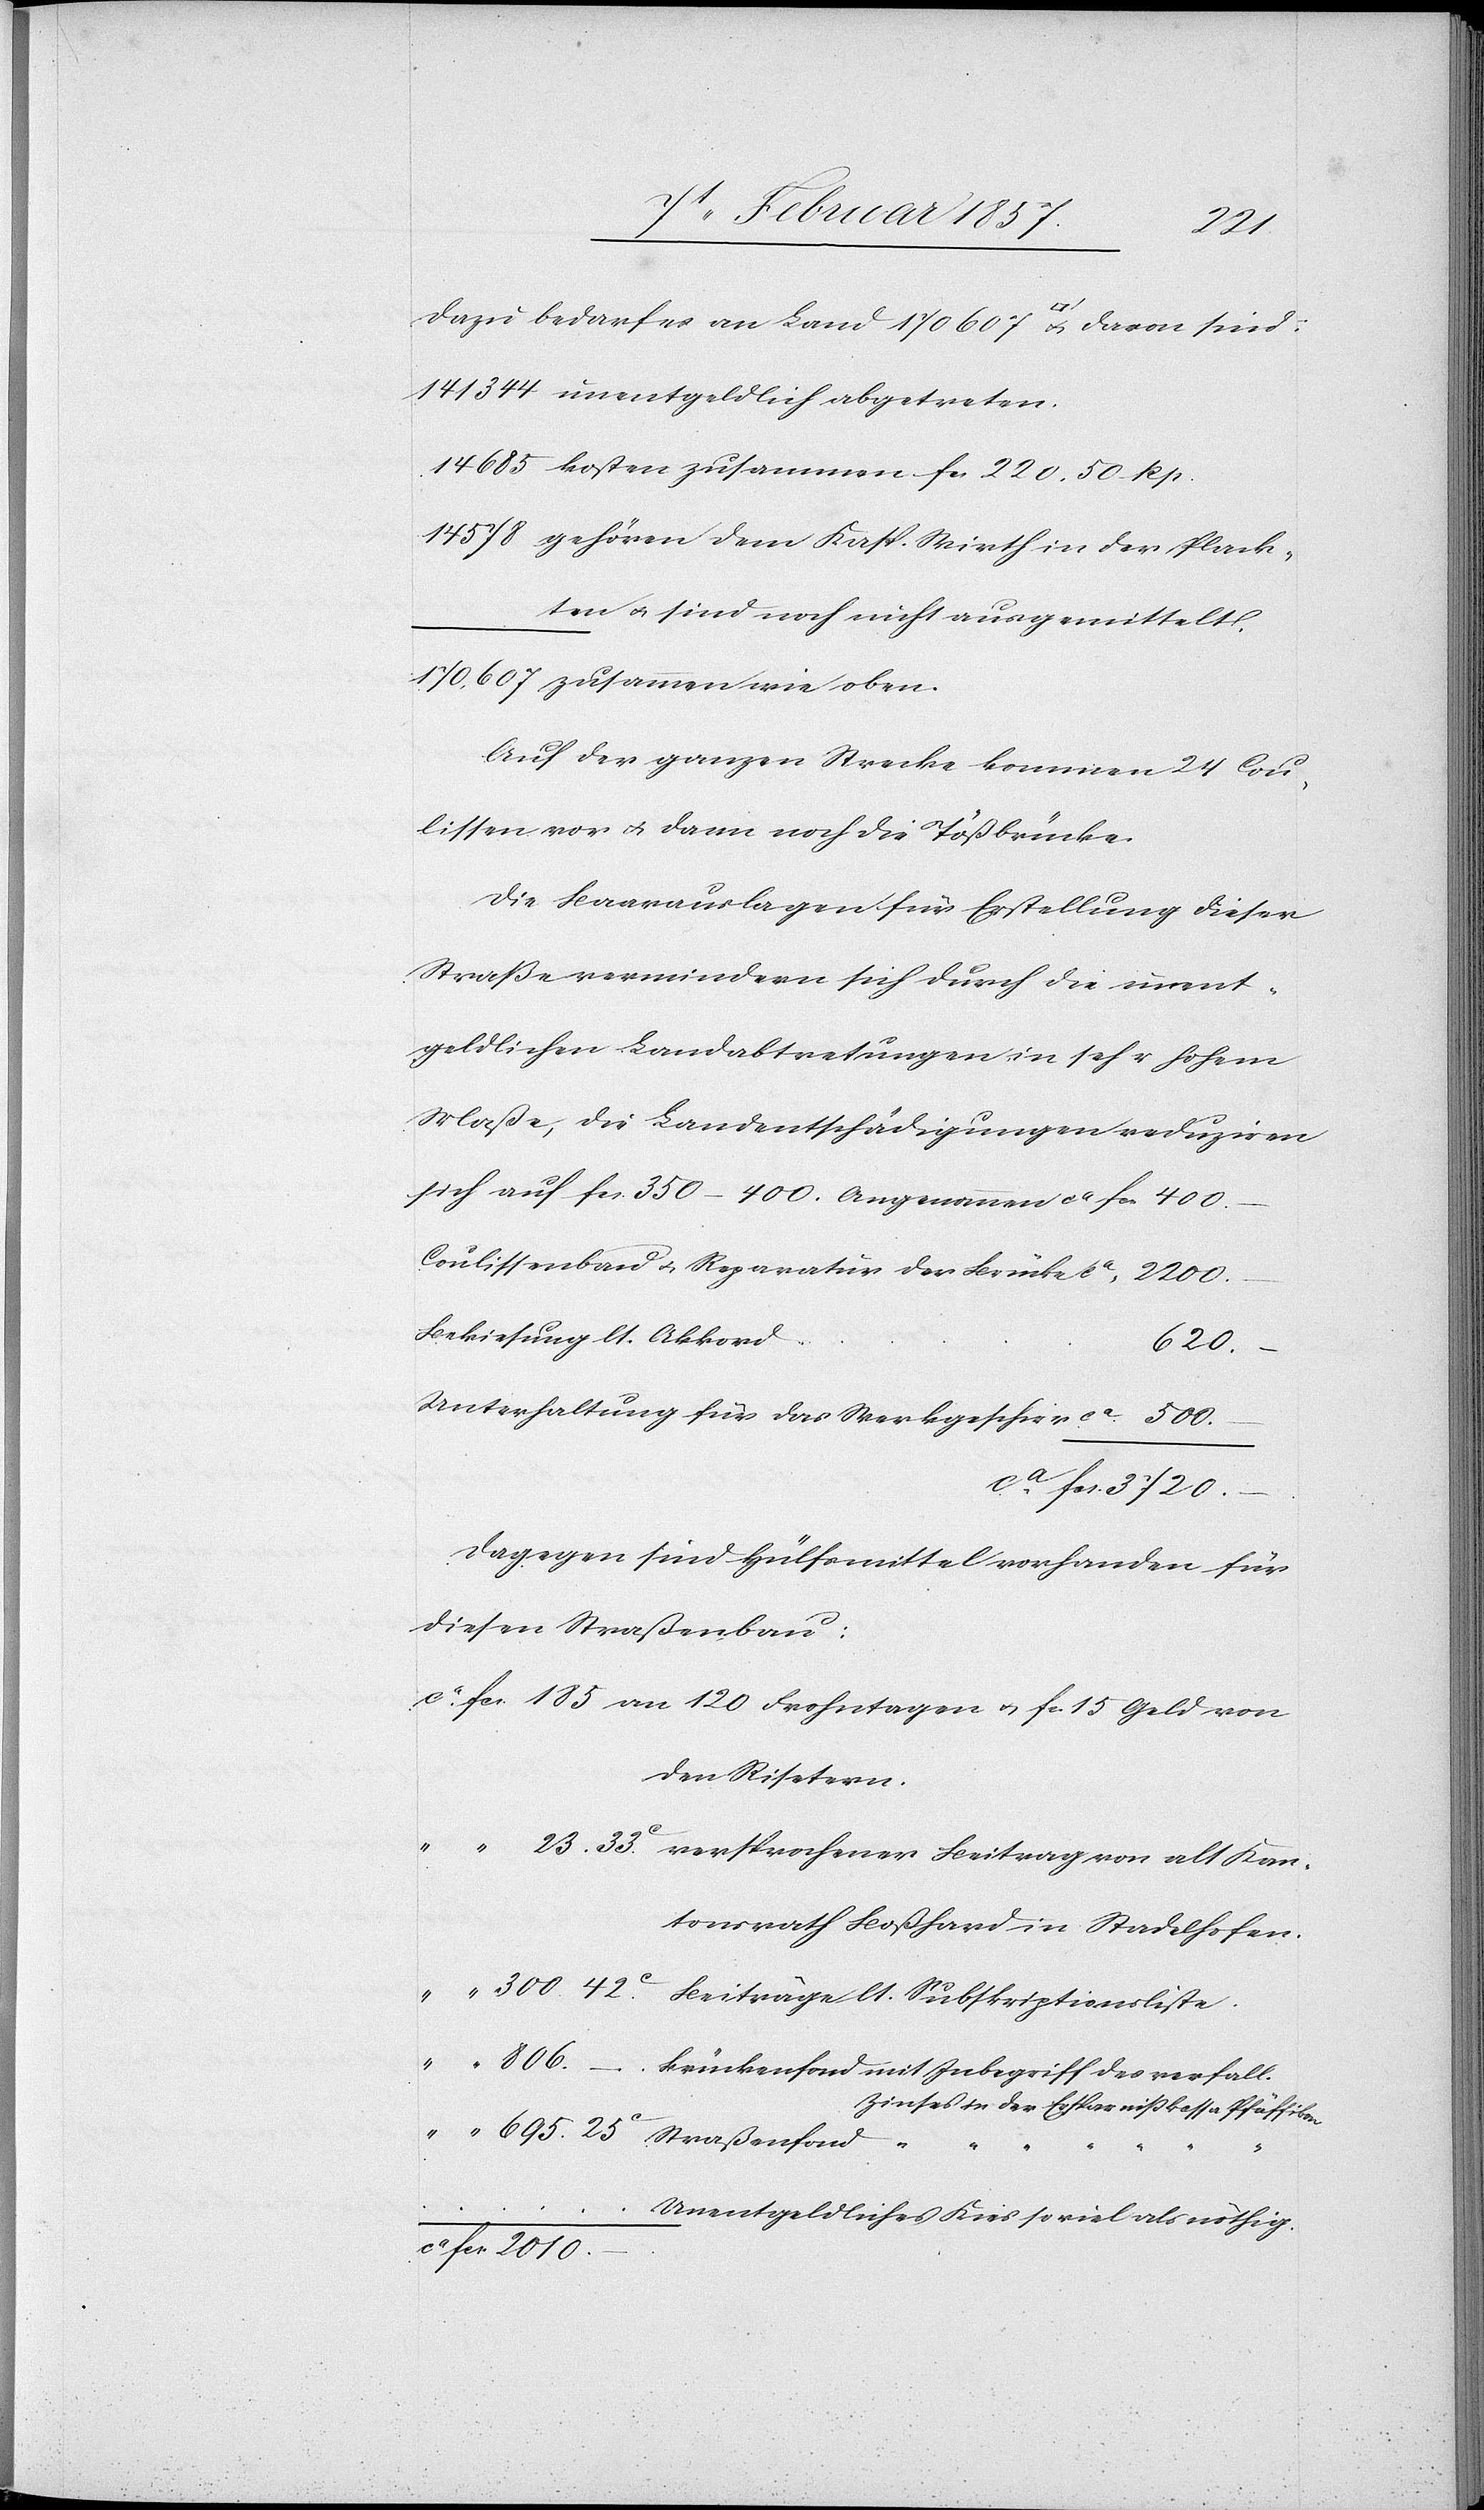
141 344	unentgeldlich abgetreten.
14 685	kosten zusammen fr. 220. 50 Rp.
14 578 	gehören dem Kasp. Wirth in der Plack¬
ten u. sind noch nicht ausgemittelt.
170,607 	zusammen wie oben.
Auf der ganzen Strecke kommen 24 Cou¬
lissen vor u. dann noch die Tößbrücke.
Die Baarauslagen für Erstellung dieser
Straße vermindern sich durch die unent¬
geldlichen Landabtretungen in sehr hohem
Maße, die Landentschädigungen reduziren
sich auf fc. 350–400. Angenommen ca fc.	 400.
Coulissenbau u. Reparatur der Brücke ca	2200.
Bekiesung lt. Akkor¬
d		620.
Unterhaltung für das Werkgeschirr ca	500.
ca fr. 3720.
Dagegen sind Hülfsmittel vorhanden für
diesen Straßenbau:
ca fc. 185		an 120 Frohntagen u. fc. 15 Geld von
den Risetern
tonsrath Boßhard in Stadelhofen.
806.	–	Brückenfond mit Inbegriff des verfall.
Zinses in der Ersparnißkassa Pfäffikon.
[…]				U¬
nentgeldliches Kies soviel als nöthig.
ca fc. 2010.